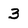
Character: 3